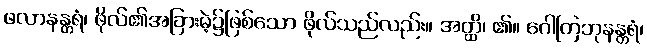
ဖလာနန္တရံ၊ ဖိုလ်၏အခြားမဲ့၌ဖြစ်သော ဖိုလ်သည်လည်း။ အတ္ထိ၊ ၏။ ဂေါတြဘုနန္တရံ၊